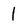
Character: 1